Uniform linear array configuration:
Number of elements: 8
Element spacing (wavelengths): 1
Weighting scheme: hamming
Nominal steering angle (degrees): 45
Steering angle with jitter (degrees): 46.806
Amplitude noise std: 0.05
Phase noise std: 0.05

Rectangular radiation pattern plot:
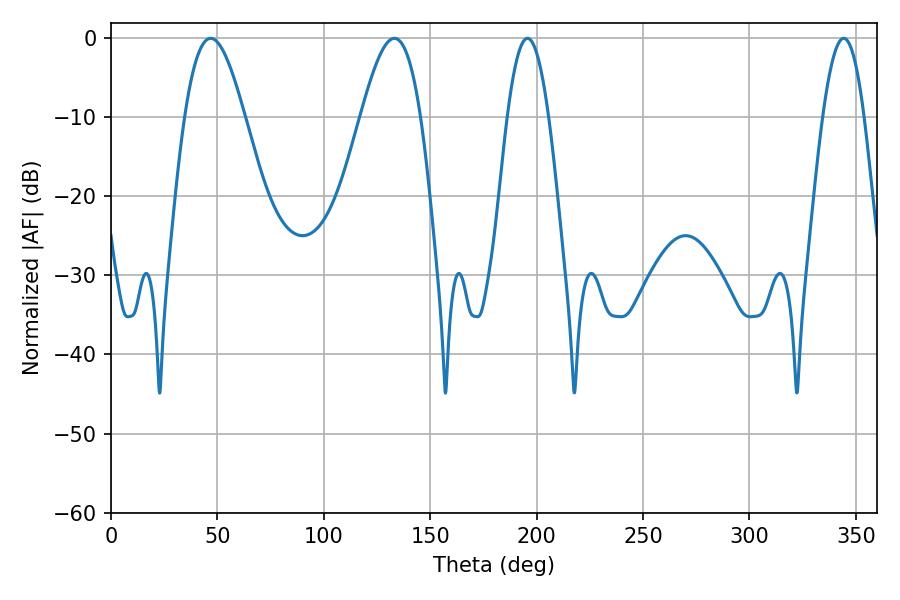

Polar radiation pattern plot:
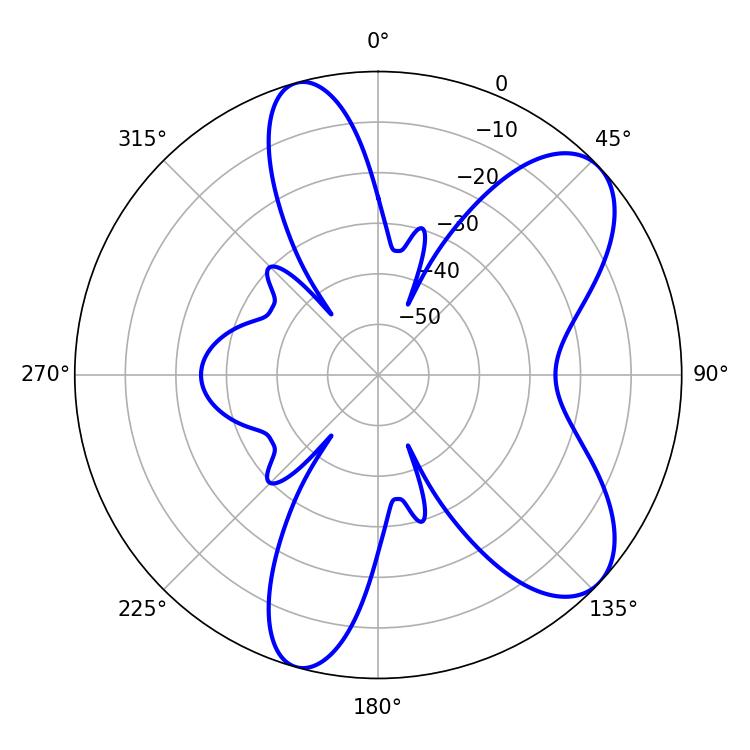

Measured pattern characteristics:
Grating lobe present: TRUE
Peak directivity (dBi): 7.952
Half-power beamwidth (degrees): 15.12
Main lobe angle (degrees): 46.8